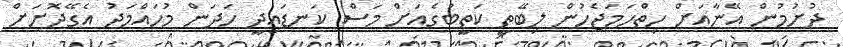
ދުށުމުން އޭނާއަށް ހިތްހަމަޖެހުން ލިބޭތީ ކަތީބުގެއަށް މަސް ކަނޑައިދީ ހަދަން މުހައްމަދު އެގޭދޮށަށް